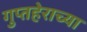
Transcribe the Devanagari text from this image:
गुप्तहेराच्या